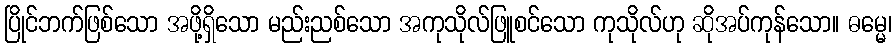
ပြိုင်ဘက်ဖြစ်သော အဖို့ရှိသော မည်းညစ်သော အကုသိုလ်ဖြူစင်သော ကုသိုလ်ဟု ဆိုအပ်ကုန်သော။ ဓမ္မေ၊